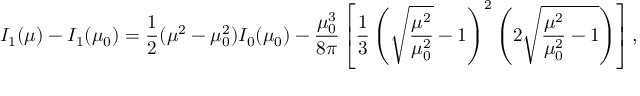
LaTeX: I _ { 1 } ( \mu ) - I _ { 1 } ( \mu _ { 0 } ) = { \frac { 1 } { 2 } } ( \mu ^ { 2 } - \mu _ { 0 } ^ { 2 } ) I _ { 0 } ( \mu _ { 0 } ) - \frac { \mu _ { 0 } ^ { 3 } } { 8 \pi } \left[ { \frac { 1 } { 3 } } \left( \sqrt { \frac { \mu ^ { 2 } } { \mu _ { 0 } ^ { 2 } } } - 1 \right) ^ { 2 } \left( 2 \sqrt { \frac { \mu ^ { 2 } } { \mu _ { 0 } ^ { 2 } } - 1 } \right) \right] ,